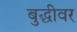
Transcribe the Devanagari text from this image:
बुद्धीवर